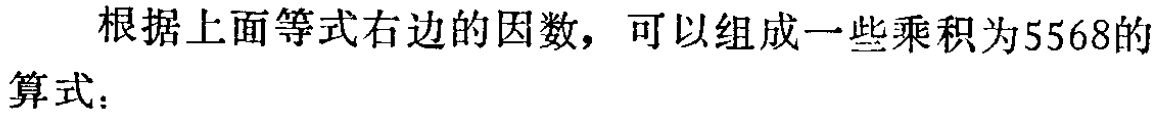
根据上面等式右边的因数，可以组成一些乘积为5568的算式：